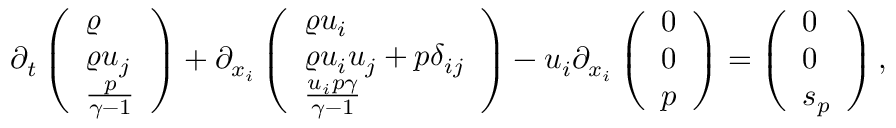
\begin{array} { r } { \partial _ { t } \left( \begin{array} { l } { \varrho } \\ { \varrho u _ { j } } \\ { \frac { p } { \gamma - 1 } } \end{array} \right) + \partial _ { x _ { i } } \left( \begin{array} { l } { \varrho u _ { i } } \\ { \varrho u _ { i } u _ { j } + p \delta _ { i j } } \\ { \frac { u _ { i } p \gamma } { \gamma - 1 } } \end{array} \right) - u _ { i } \partial _ { x _ { i } } \left( \begin{array} { l } { 0 } \\ { 0 } \\ { p } \end{array} \right) = \left( \begin{array} { l } { 0 } \\ { 0 } \\ { s _ { p } } \end{array} \right) , } \end{array}